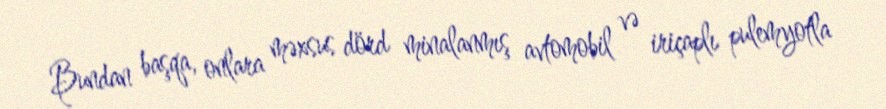
Bundan başqa, onlara məxsus dörd minalanmış avtomobil və iriçaplı pulemyotla